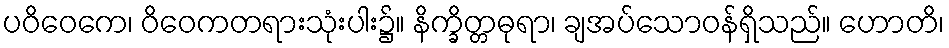
ပဝိဝေကေ၊ ဝိဝေကတရားသုံးပါး၌။ နိက္ခိတ္တဓုရာ၊ ချအပ်သောဝန်ရှိသည်။ ဟောတိ၊